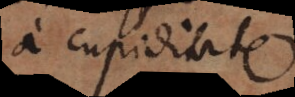
a cupiditate